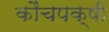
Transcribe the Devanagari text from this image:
कौंचपक्षी